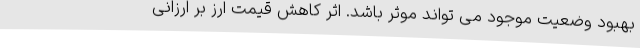
بهبود وضعیت موجود می تواند موثر باشد. اثر کاهش قیمت ارز بر ارزانی